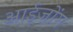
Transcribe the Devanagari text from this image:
आईज़ोंग